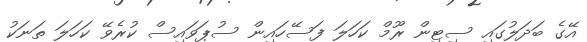
އޭގެ ބަދަލުގައި ސިޓިން ރޫމް ކަހަލަ ފަސޭހައިން ސުޕަވައިސް ކުރެވޭ ކަހަލަ ތަނަކު